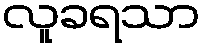
လူခရသာ